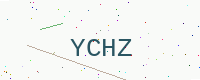
Text: YCHZ